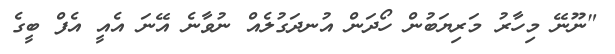
"ނޫނޭ މިހާރު މަރިޔަބުން ހޯދަން އުނދަގުލެއް ނުވާނެ އޭނަ އެއީ އެފް ބީގެ